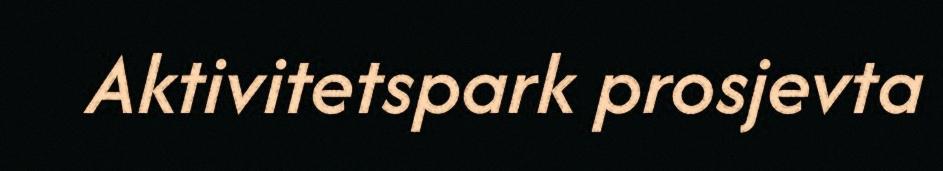
Aktivitetspark prosjevta